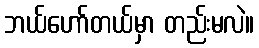
ဘယ်ဟော်တယ်မှာ တည်းမလဲ။